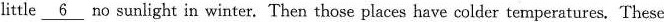
little \underline{6} no sunlight in winter. Then those places have colder temperatures. These